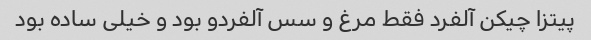
پیتزا چیکن آلفرد فقط مرغ و سس آلفردو بود و خیلی ساده بود